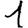
Digit: 1